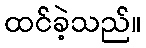
ထင်ခဲ့သည်။